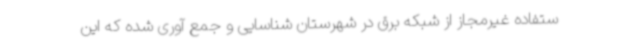
ستفاده غیرمجاز از شبکه برق در شهرستان شناسایی و جمع آوری شده که این